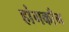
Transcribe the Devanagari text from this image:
हांगकाँग